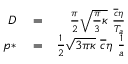
\begin{array} { r l r } { D } & { { } = } & { \frac { \pi } { 2 } \sqrt { \frac { \pi } { 3 } \kappa } \ \frac { \overline { { c } } \eta } { T _ { a } } } \\ { p * } & { { } = } & { \frac { 1 } { 2 } \sqrt { 3 \pi \kappa } \ \overline { { c } } \eta \ \frac { 1 } { a } } \end{array}